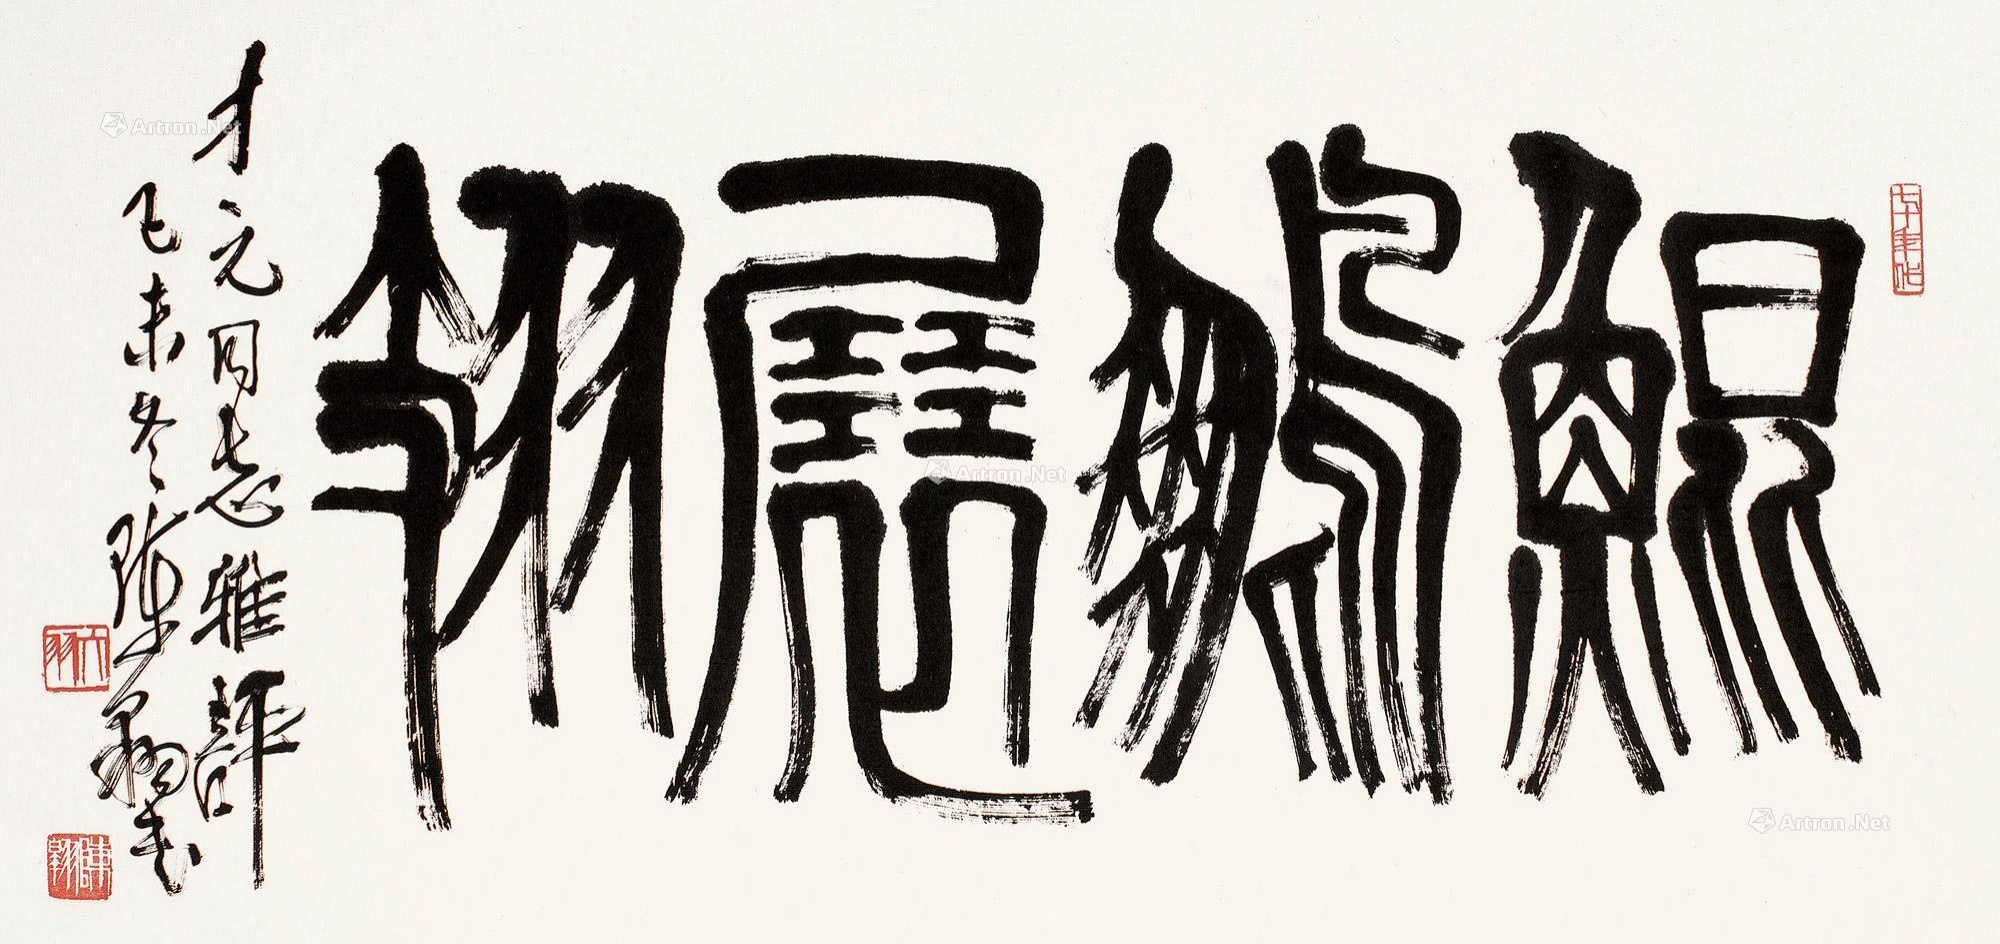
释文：鲲鹏展翅。才元同志雅评，己未冬，陈翱书。